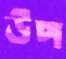
উপ